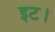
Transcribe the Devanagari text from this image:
इट।